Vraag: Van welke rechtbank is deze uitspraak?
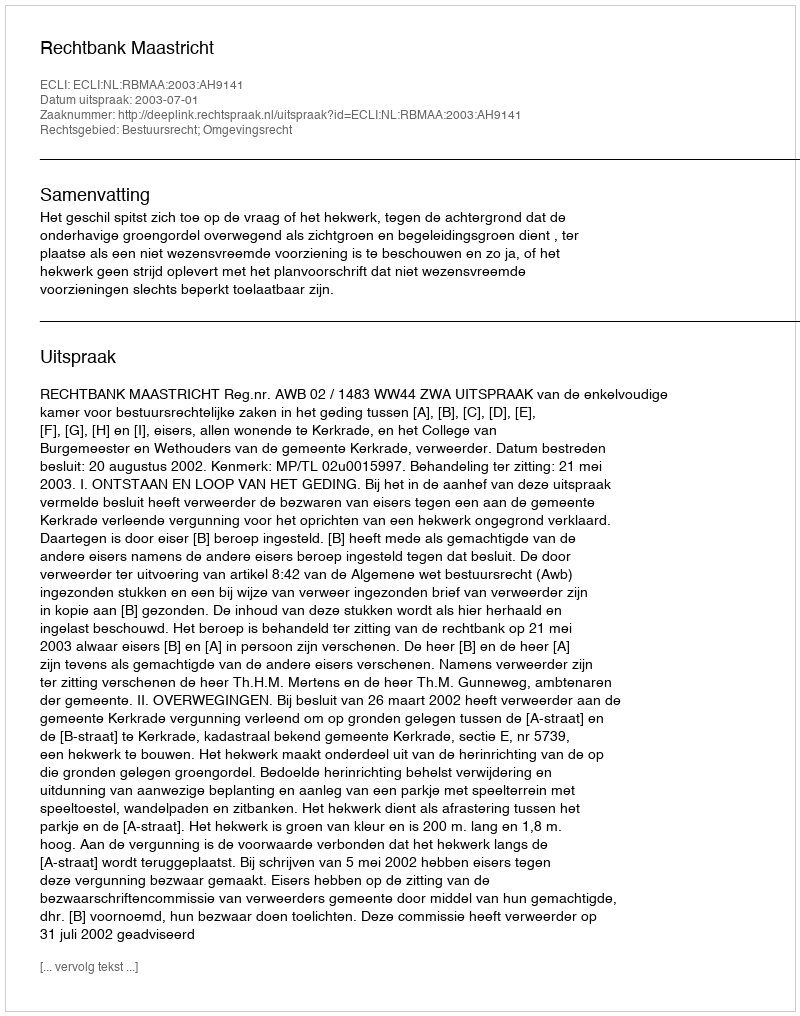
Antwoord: Rechtbank Maastricht